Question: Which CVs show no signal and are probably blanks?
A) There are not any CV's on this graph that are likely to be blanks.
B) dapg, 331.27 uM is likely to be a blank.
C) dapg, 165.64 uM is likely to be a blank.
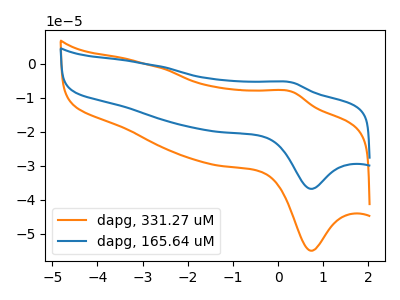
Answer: <think>The orange curve "dapg, 331.27 uM" has an anodic peak at (0.30V, -8.20uA) and a cathodic peak at (0.75V, -55.00uA). The blue curve "dapg, 165.64 uM" has an anodic peak at (0.30V, -5.50uA) and a cathodic peak at (0.75V, -36.80uA).</think>
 <answer>A) There are not any CV's on this graph that are likely to be blanks.</answer>
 <eval>A</eval>